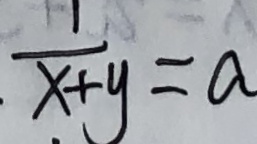
\frac { 1 } { x + y } = a